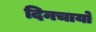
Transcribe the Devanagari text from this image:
दिनचार्यो